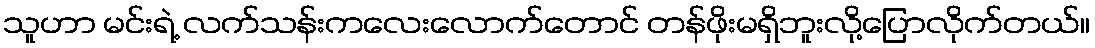
သူဟာ မင်းရဲ့ လက်သန်းကလေးလောက်တောင် တန်ဖိုးမရှိဘူးလို့ပြောလိုက်တယ်။